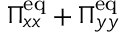
\Pi _ { x x } ^ { \mathrm { e q } } + \Pi _ { y y } ^ { \mathrm { e q } }